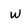
Character: w